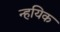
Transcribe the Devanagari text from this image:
न्हयिक